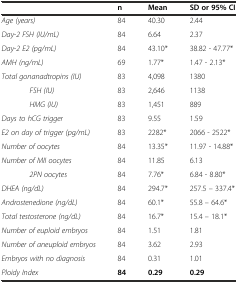
<table><thead><tr><td></td><td><b>n</b></td><td><b>Mean</b></td><td><b>SD or 95% CI</b></td></tr></thead><tbody><tr><td><i>Age (years)</i></td><td>84</td><td>40.30</td><td>2.44</td></tr><tr><td><i>Day-2 FSH (IU/mL)</i></td><td>84</td><td>6.64</td><td>2.37</td></tr><tr><td><i>Day-2 E2 (pg/mL)</i></td><td>84</td><td>43.10*</td><td>38.82 - 47.77*</td></tr><tr><td><i>AMH (ng/mL)</i></td><td>69</td><td>1.77*</td><td>1.47 - 2.13*</td></tr><tr><td><i>Total gonanadtropins (IU)</i></td><td>83</td><td>4,098</td><td>1380</td></tr><tr><td><i>FSH (IU)</i></td><td>83</td><td>2,646</td><td>1138</td></tr><tr><td><i>HMG (IU)</i></td><td>83</td><td>1,451</td><td>889</td></tr><tr><td><i>Days to hCG trigger</i></td><td>83</td><td>9.55</td><td>1.59</td></tr><tr><td><i>E2 on day of trigger (pg/mL)</i></td><td>83</td><td>2282*</td><td>2066 - 2522*</td></tr><tr><td><i>Number of oocytes</i></td><td>84</td><td>13.35*</td><td>11.97 - 14.88*</td></tr><tr><td><i>Number of MII oocytes</i></td><td>84</td><td>11.85</td><td>6.13</td></tr><tr><td><i>2PN oocytes</i></td><td>84</td><td>7.76*</td><td>6.84 - 8.80*</td></tr><tr><td><i>DHEA (ng/dL)</i></td><td>84</td><td>294.7*</td><td>257.5 – 337.4*</td></tr><tr><td><i>Androstenedione (ng/dL)</i></td><td>84</td><td>60.1*</td><td>55.8 – 64.6*</td></tr><tr><td><i>Total testosterone (ng/dL)</i></td><td>84</td><td>16.7*</td><td>15.4 – 18.1*</td></tr><tr><td><i>Number of euploid embryos</i></td><td>84</td><td>1.51</td><td>1.81</td></tr><tr><td><i>Number of aneuploid embryos</i></td><td>84</td><td>3.62</td><td>2.93</td></tr><tr><td><i>Embryos with no diagnosis</i></td><td>84</td><td>0.31</td><td>1.01</td></tr><tr><td><i>Ploidy Index</i></td><td><b>84</b></td><td><b>0.29</b></td><td><b>0.29</b></td></tr></tbody></table>